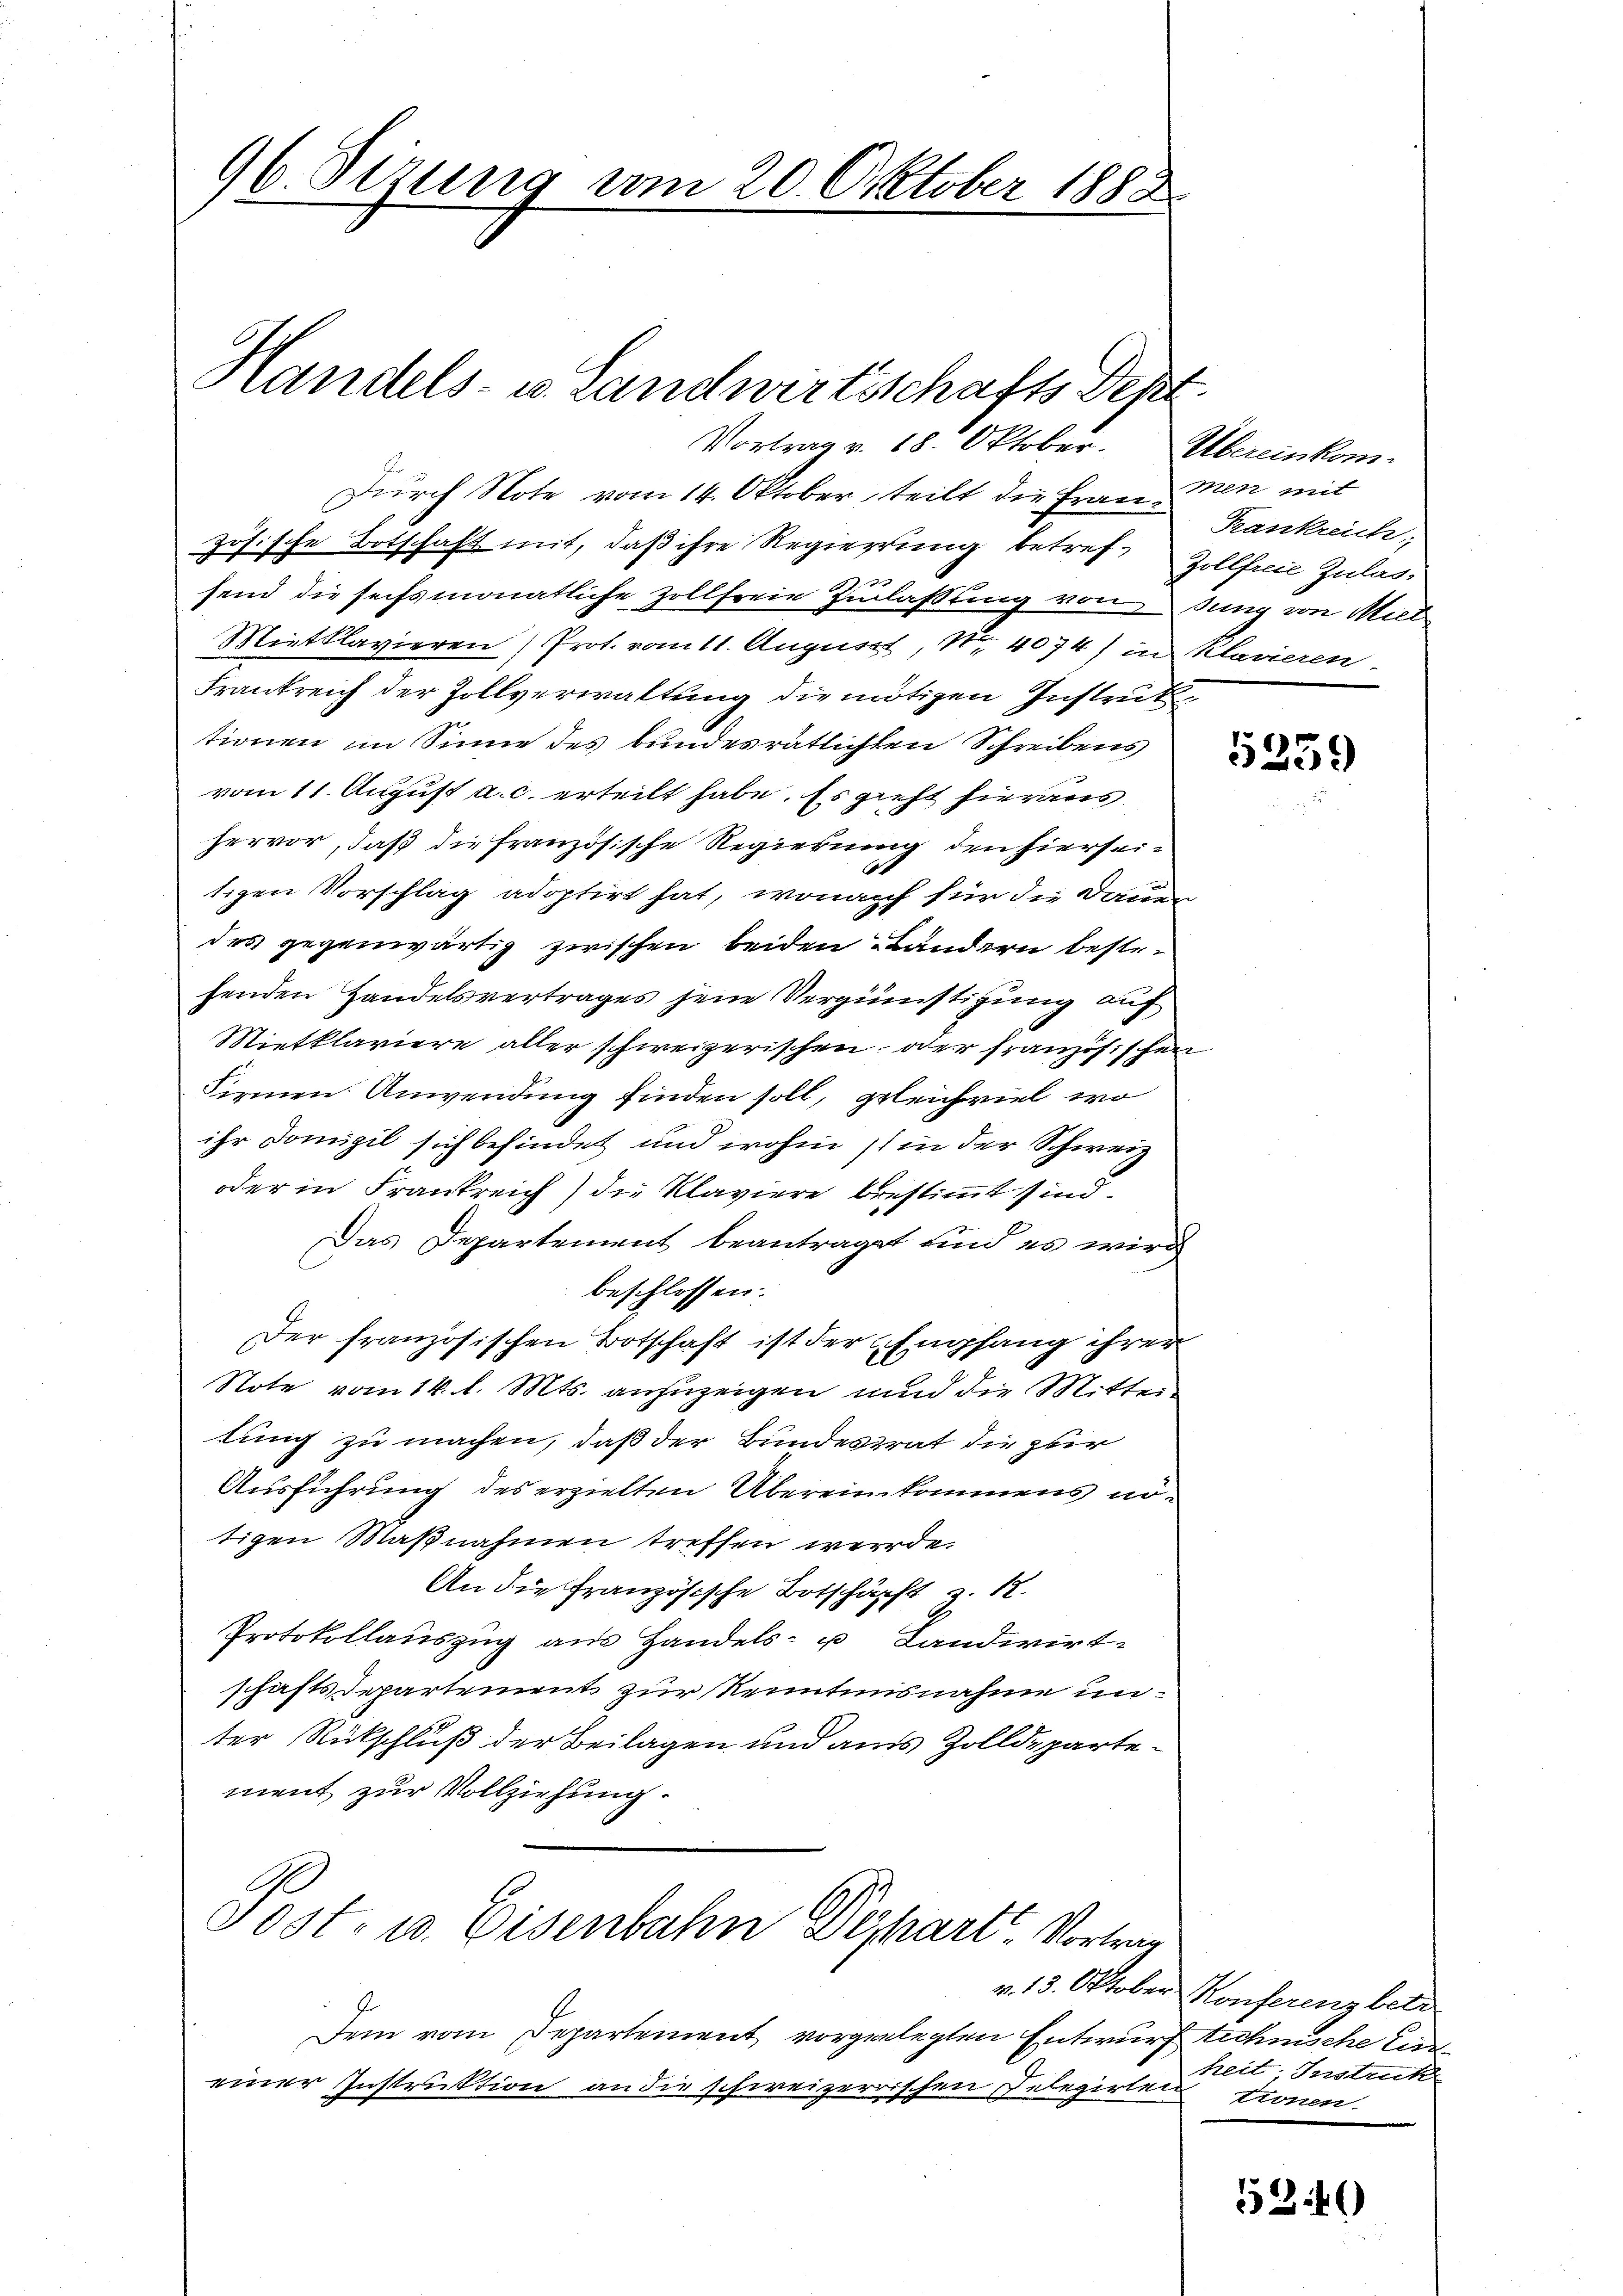
96. Dezung vom 20. Oktober 1882

Vortrag v. 18. Oktober. Übereinkom-
Durch Note vom 14. Oktober, teilt die Fraumen mit
zösische Botschaft mit, daß ihre Regierung betref¬ Zollfreie Zulassend die sechsmonatliche Zollfreie Zulassung von sung von Miet
Mietklavieren Prot. vom 11. August, Nr. 4074) in Klavieren.
Frankreich der Zollverwaltung die nötigen Instruktionen im Sinne des bundesrätlichten Schreibens
vom 11. August a. c. erteilt habe. Es gieht hieraus
hervor, daß die französische Regierung den hierseitigen Vorschlag adoptirt hat, wonach für die Dauen
des gegenwärtig zwischen beiden Bändern bestefenden Handelsvertrages jene Vergünstigung auf
Mietklaviere aller schweizerischen oder Französischen
Firmen Anwendung finden soll, geleichviel wo
ihr Domizil sich befindet und wohin 11 in der Schweiz
oder in Frankreich) die Klaviere bestimmt sind.
Das Departement beantraget und es wird
beschlossen:
Der französischen Botschaft ist der Empfang ihrer
Note vom 14. l. Mts. anzuzeigen und die Mitter
tung zu machen, daß der Bundestrat die zur
Ausführung des erzielten Übereinkommens nötigen Maßnahmen treffen werde.
An die Französische Botschärft u. 12.
Protokollauszug am Handels- u Landwirt-
schaftsdepartement zur Renntnisnahme unter Rückschluß der Beilagen und aus Zolldepartement zur Vollziehung.

Handels- u. Landwirtsschafts Dept.

Dem vom Departement vorgelegten Entwurf technische Eineiner Instruktion an die schweizerrischen Telegirten

Post- u. Eisenbahn Depart. Vortrag

Frankreich

5259

v. 13. Oktober Konferenz betr
heit Instruk
tionen.

534)